Rangoon Lunatic Asylum 1878-1892 - 1878-1892
Year: 1878
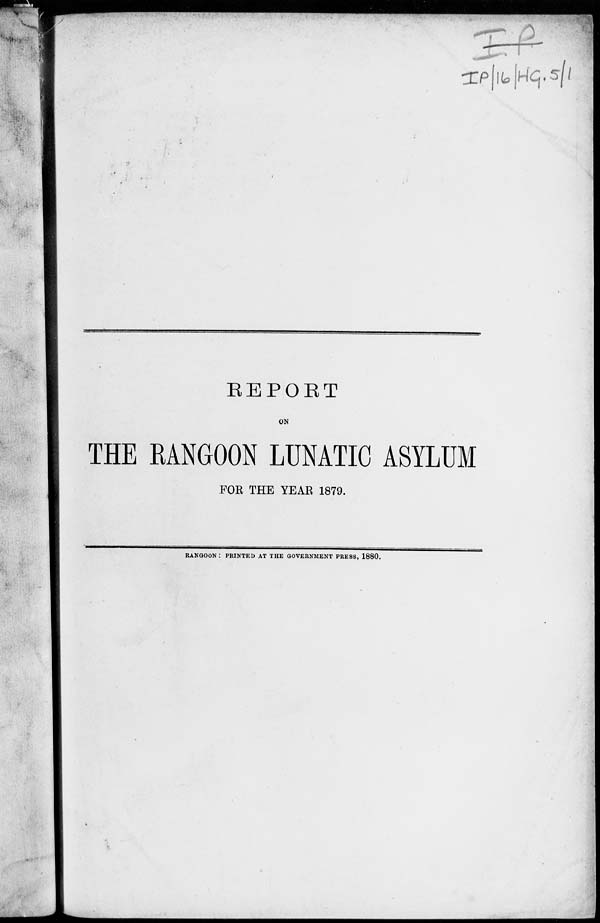
REPORT
ON
THE RANGOON LUNATIC ASYLUM
FOR THE YEAR 1879.
RANGOON : PRINTED AT THE GOVERNMENT PRESS, 1880.